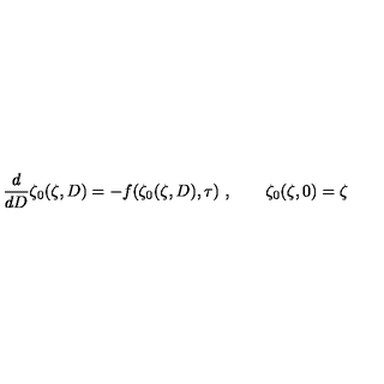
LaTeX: { \frac { d } { d D } } \zeta _ { 0 } ( \zeta , D ) = - f ( \zeta _ { 0 } ( \zeta , D ) , \tau ) \ , \qquad \zeta _ { 0 } ( \zeta , 0 ) = \zeta